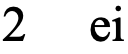
2  ei